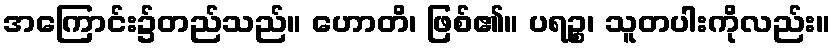
အကြောင်း၌တည်သည်။ ဟောတိ၊ ဖြစ်၏။ ပရဉ္စ၊ သူတပါးကိုလည်း။